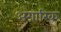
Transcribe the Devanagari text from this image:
अंगारिक